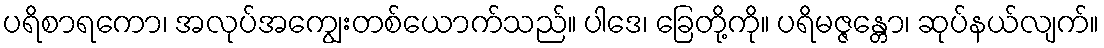
ပရိစာရကော၊ အလုပ်အကျွေးတစ်ယောက်သည်။ ပါဒေ၊ ခြေတို့ကို။ ပရိမဇ္ဇန္တော၊ ဆုပ်နယ်လျက်။